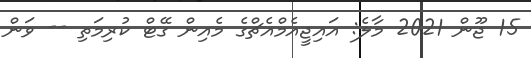
15 ޖޫން 2021 މާލެ: އައިޖީއެމްއެޗްގެ މެއިން ގޭޓް ކުރިމަތި -- ވަން